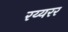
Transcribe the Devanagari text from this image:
रय्यरर